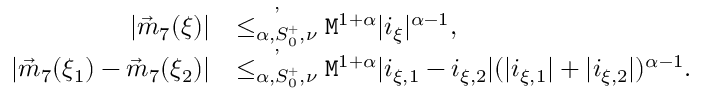
\begin{array} { r l } { | \vec { m } _ { 7 } ( \xi ) | } & { \overset { , } { \le _ { \alpha , S _ { 0 } ^ { + } , \nu } } \mathtt { M } ^ { 1 + \alpha } | i _ { \xi } | ^ { \alpha - 1 } , } \\ { | \vec { m } _ { 7 } ( \xi _ { 1 } ) - \vec { m } _ { 7 } ( \xi _ { 2 } ) | } & { \overset { , } { \le _ { \alpha , S _ { 0 } ^ { + } , \nu } } \mathtt { M } ^ { 1 + \alpha } | i _ { \xi , 1 } - i _ { \xi , 2 } | ( | i _ { \xi , 1 } | + | i _ { \xi , 2 } | ) ^ { \alpha - 1 } . } \end{array}